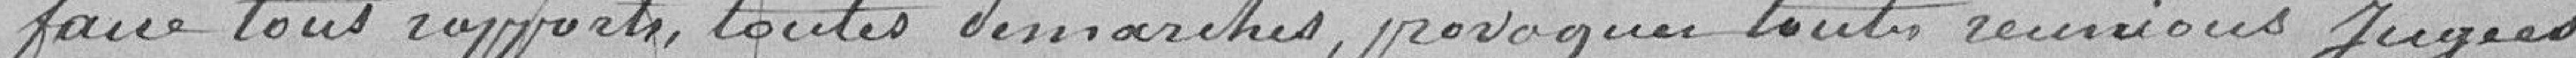
faire tous rapports, toutes démarches, provoquer toutes réunions jugées